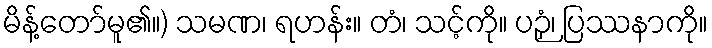
မိန့်တော်မူ၏။) သမဏ၊ ရဟန်း။ တံ၊ သင့်ကို။ ပဉှံ၊ ပြဿနာကို။